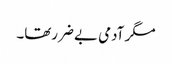
مگر آدمی بے ضررتھا۔